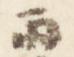
雨